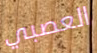
العصبي